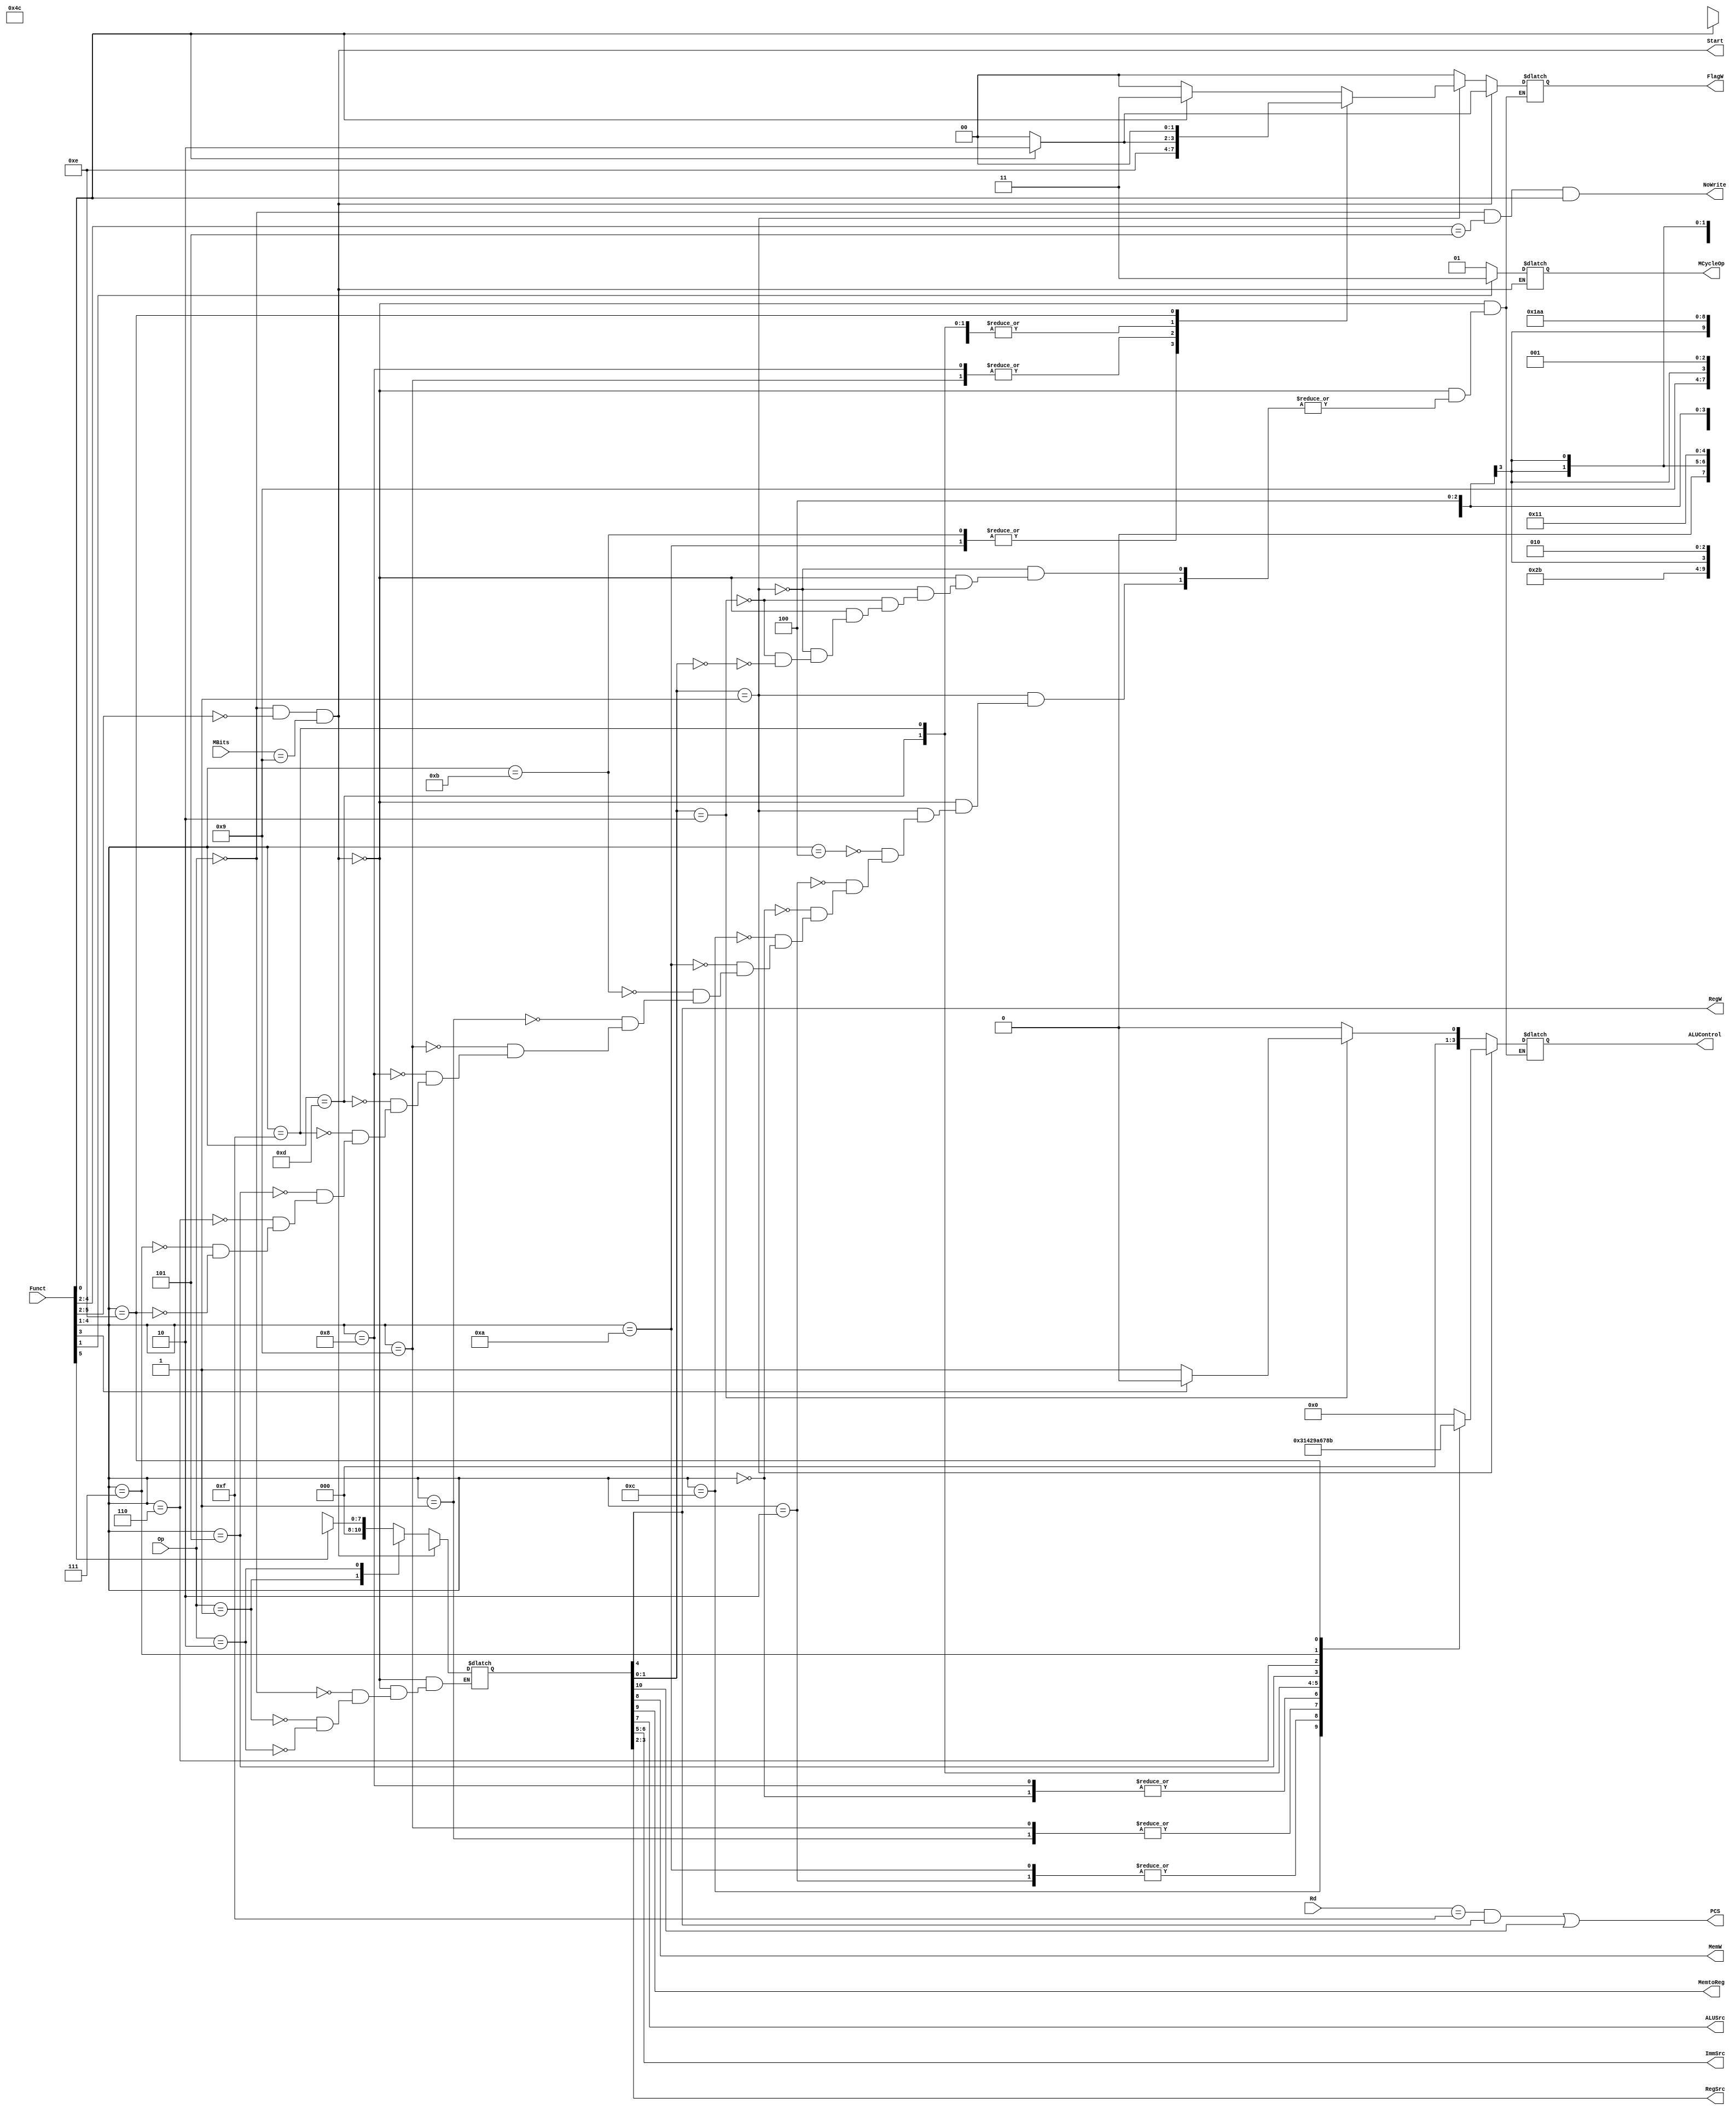
`timescale 1ns / 1ps
/*
----------------------------------------------------------------------------------
-- Company: NUS	
-- Engineer: (c) Shahzor Ahmad and Rajesh Panicker  
-- 
-- Create Date: 09/23/2015 06:49:10 PM
-- Module Name: Decoder
-- Project Name: CG3207 Project
-- Target Devices: Nexys 4 (Artix 7 100T)
-- Tool Versions: Vivado 2015.2
-- Description: Decoder Module
-- 
-- Dependencies: NIL
-- 
-- Revision:
-- Revision 0.01 - File Created
-- Additional Comments:
-- 
----------------------------------------------------------------------------------
----------------------------------------------------------------------------------
--	License terms :
--	You are free to use this code as long as you
--		(i) DO NOT post it on any public repository;
--		(ii) use it only for educational purposes;
--		(iii) accept the responsibility to ensure that your implementation does not violate any intellectual property of ARM Holdings or other entities.
--		(iv) accept that the program is provided "as is" without warranty of any kind or assurance regarding its suitability for any particular purpose;
--		(v)	acknowledge that the program was written based on the microarchitecture described in the book Digital Design and Computer Architecture, ARM Edition by Harris and Harris;
--		(vi) send an email to rajesh.panicker@ieee.org briefly mentioning its use (except when used for the course CG3207 at the National University of Singapore);
--		(vii) retain this notice in this file or any files derived from this.
----------------------------------------------------------------------------------
*/

module Decoder(
    input [3:0] Rd,
    input [1:0] Op,
    input [5:0] Funct,
    output PCS,
    output RegW,
    output MemW,
    output MemtoReg,
    output ALUSrc,
    output [1:0] ImmSrc,
    output [1:0] RegSrc,
    output NoWrite,
    output reg [3:0] ALUControl,
    output reg [1:0] FlagW,
    //For MUL and DIV
    input [3:0] MBits,
    output Start,
	output reg [1:0] MCycleOp
    );
    
    wire [1:0] ALUOp ;
    wire Branch;
    reg [10:0] controls ;
    //<extra signals, if any>
    
    
    //PC Logic
    assign PCS = ((Rd == 15) & RegW) | Branch;
    
    assign {Branch, MemtoReg, MemW, ALUSrc, ImmSrc[1:0], RegW, RegSrc[1:0], ALUOp[1:0]} = controls;
    assign NoWrite = (Op==2'b00) & (Funct[4:2] == 3'b101) & Funct[0];  

	// Assign start = 1 when doing MUL and DIV, else start = 0
	// start = isDP & (instr[25:21] == 0000X) & (MBits == 1001)
	assign Start = (Op == 2'b00) & (Funct[5:2] == 4'b0000) & (MBits == 4'b1001);
	
    
    always @(*)
    begin
    	if (~Start) //Original
    	begin
	        //Controls
	        case (Op)
	            2'b00: controls = (Funct[5])? 11'b0001001X001 : 11'b0000XX10001; //DP
	            2'b01: controls = (Funct[0])? 11'b0101011X010 : 11'b0X110101010; //Mem
	            2'b10: controls = 11'b1001100X100; //B
	        endcase;
	    
	        //ALU Decoder
	    	if (ALUOp == 2'b01) //DP
	    	begin
	    		case (Funct[4:1])
	    			4'b0100: //ADD
	    			begin
	    				ALUControl = 4'b0000;
	    				FlagW = (Funct[0])? 2'b11:2'b00;
	    			end
	    			4'b0010: //SUB
	    			begin
	    				ALUControl = 4'b0001;
	    				FlagW = (Funct[0])? 2'b11:2'b00;
	    			end
	    			4'b0000: //AND
	    			begin
	    				ALUControl = 4'b0010;
	    				FlagW = (Funct[0])? 2'b10:2'b00;
	    			end
	    			4'b1100: //ORR
	    			begin
	    				ALUControl = 4'b0011;
	    				FlagW = (Funct[0])? 2'b10:2'b00;
	    			end
	    			4'b1010: //CMP
	    			begin
	    			    ALUControl = 4'b0001;
	    			    FlagW = 2'b11;
	    			end
	    			4'b1011: //CMN
	    			begin
	    			    ALUControl = 4'b0000;
	    			    FlagW = 2'b11;
	    			end
	    			//Lab 4
	    			4'b0001: //EOR
	    			begin
	    				ALUControl = 4'b0100;
	    				FlagW = (Funct[0])? 2'b10:2'b00;
	    			end
	    			4'b1001: //TEQ
	    			begin
	    				ALUControl = 4'b0100;
	    				FlagW = 2'b10;
	    			end
	    			4'b1000: //TST
	    			begin
	    				ALUControl = 4'b0010;
	    				FlagW = 2'b10;
	    			end
	    			4'b1101: //MOV
	    			begin
	    				ALUControl = 4'b1001;
	    				FlagW = (Funct[0])? 2'b10:2'b00;
	    			end
	    			4'b1111: //MVN
	    			begin
	    				ALUControl = 4'b1010;
	    				FlagW = (Funct[0])? 2'b10:2'b00;
	    			end
					4'b0101: //ADC
					begin
						ALUControl = 4'b0110;
						FlagW = (Funct[0])? 2'b11:2'b00;
					end
					4'b0110: //SBC
					begin
						ALUControl = 4'b0111;
						FlagW = (Funct[0])? 2'b11:2'b00;
					end
					4'b0111: //RSC
					begin
						ALUControl = 4'b1000;
						FlagW = (Funct[0])? 2'b11:2'b00;
					end
					4'b1110: //BIC
					begin
						ALUControl = 4'b1011;
						FlagW = 2'b00;
					end
	    		endcase
	    	end
	    	else if (ALUOp == 2'b10) //Mem
	    	begin
	    		ALUControl = (Funct[3])? 2'b00:2'b01;
	    		FlagW = 2'b00;
	    	end
	    	else if (ALUOp == 2'b00) //B
	    	begin
	    		ALUControl = 2'b00;
	    		FlagW = 2'b00;
	    	end
	    end
	    else //MUL and DIV
	    begin
	    	controls = 11'b0000XX100XX; //ALUOp doesn't matter here
	    	ALUControl = 4'bXXXX; //Don't care
	    	FlagW = (Funct[0])? 2'b10:2'b00; //Can set Z and N but not required
	    	//Interpret MLA as DIV
	    	MCycleOp = (Funct[1])? 2'b11:2'b01; //Unsigned
	    end
    end
endmodule